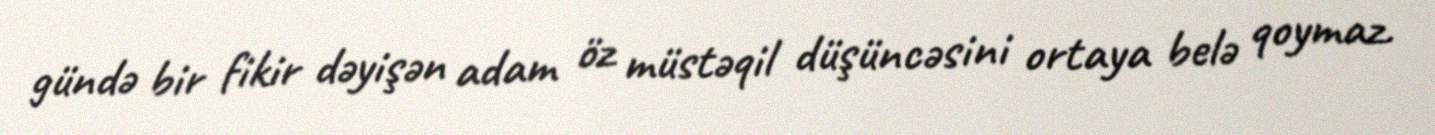
gündə bir fikir dəyişən adam öz müstəqil düşüncəsini ortaya belə qoymaz.